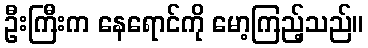
ဦးကြီးက နေရောင်ကို မော့ကြည့်သည်။